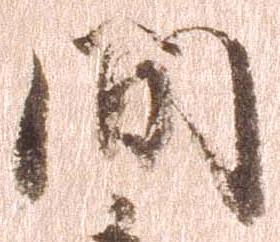
間